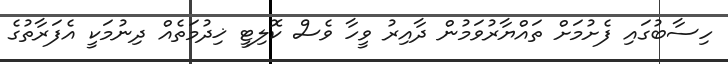
ހިސާބުގައި ފެށުމަށް ތައްޔާރުވަމުން ދާއިރު ވީހާ ވެސް ކޮލިޓީ ޚިދުމަތެއް ދިނުމަކީ އެފަރާތުގެ